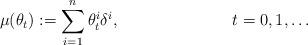
LaTeX: \begin{align*}\mu(\theta_t) := \sum_{i=1}^n \theta_t^i\delta^i, & & t=0,1,\ldots\end{align*}